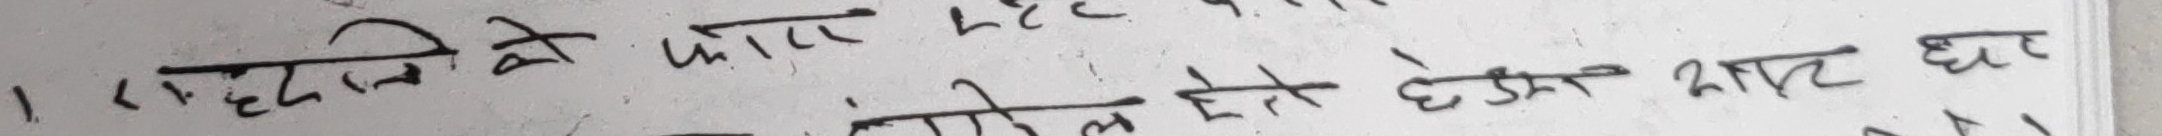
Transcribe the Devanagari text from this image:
१. बुद्धिमत्ता के फायदे
मिल ते होते अच्छा काम घर